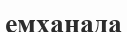
емханада